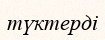
түктерді